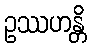
ဥဿဟန္တိ